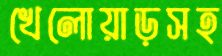
খেলোয়াড়সহ